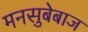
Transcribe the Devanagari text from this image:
मनसुबेबाज